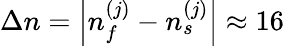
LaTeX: \Delta n=\left|{n_{f}^{(j)}-n_{s}^{(j)}}\right|\approx 16